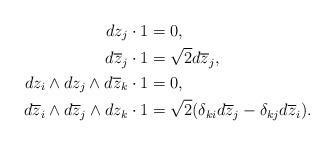
LaTeX: \begin{align*} dz_j \cdot 1 &= 0,\\ d\overline{z}_j \cdot 1 & = \sqrt{2} d\overline{z}_j,\\ dz_i \wedge dz_j \wedge d\overline{z}_k \cdot 1 & = 0,\\ d\overline{z}_i \wedge d\overline{z}_j \wedge dz_k \cdot 1 & = \sqrt{2}(\delta_{ki} d\overline{z}_j - \delta_{kj} d\overline{z}_i).\end{align*}